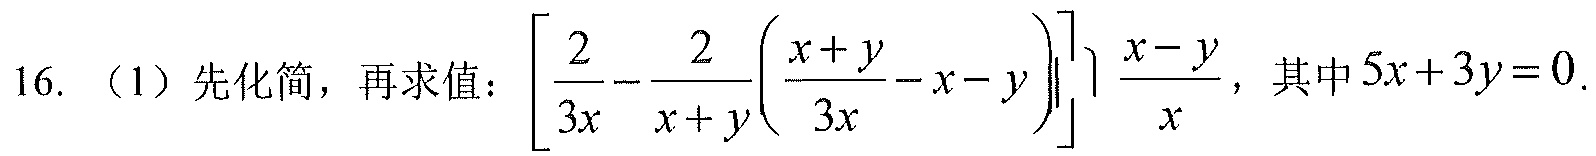
16. （1）先化简，再求值：\(\left[\frac{2}{3x}-\frac{2}{x + y}\left(\frac{x + y}{3x}-x - y\right)\right]\cdot\frac{x - y}{x}\)，其中\(5x + 3y = 0\).